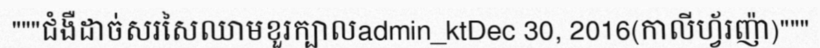
"""ជំងឺដាច់សរសៃឈាមខួរក្បាលadmin_ktDec 30, 2016(កាលីហ្វ័រញ៉ា)"""